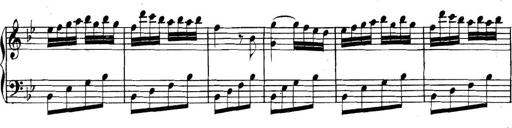
Title: Collected Piano Sonatas
Composer: Muzio Clementi